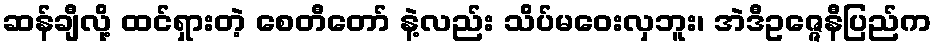
ဆန်ချီလို့ ထင်ရှားတဲ့ စေတီတော် နဲ့လည်း သိပ်မဝေးလှဘူး၊ အဲဒီဥဇ္ဇေနီပြည်က